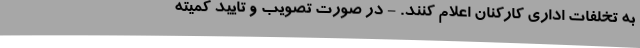
به تخلفات اداری کارکنان اعلام کنند. - در صورت تصویب و تایید کمیته